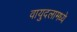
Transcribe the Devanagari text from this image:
वायुदलामध्ये